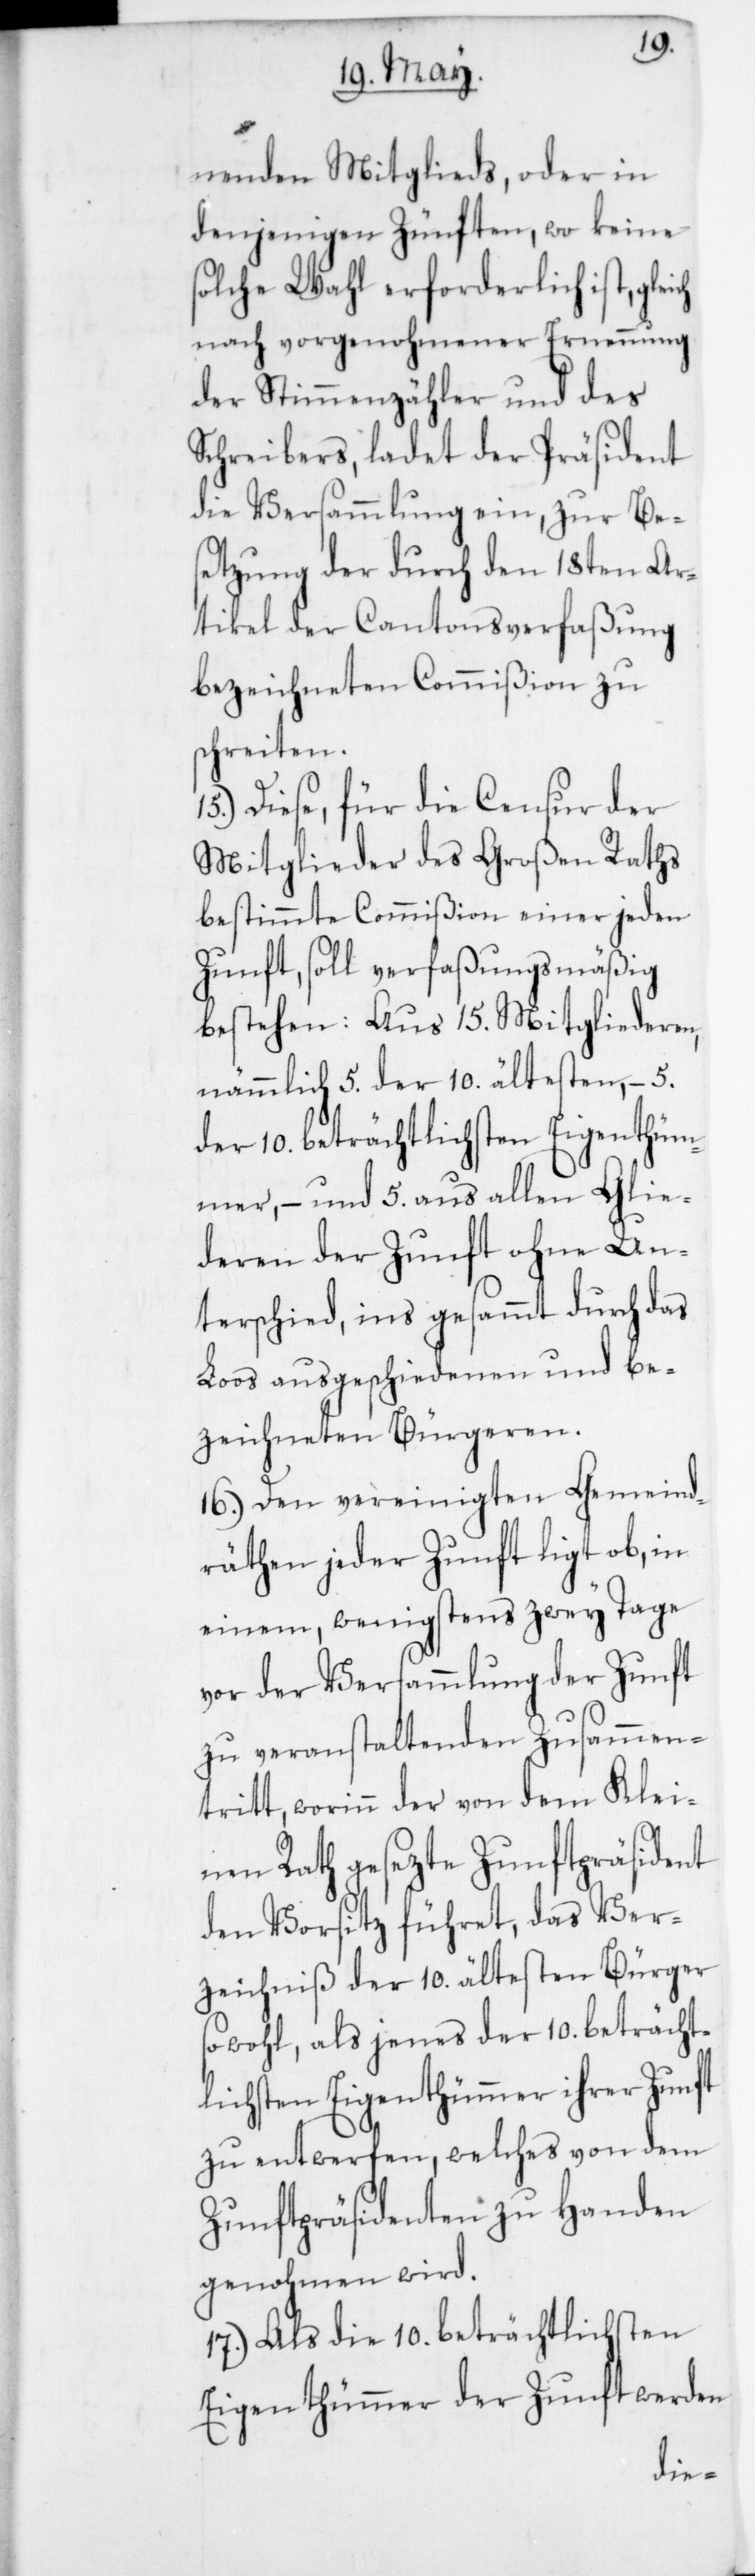
nenden Mitglieds, oder in
denjenigen Zünften, wo keine
solche Wahl erforderlich ist, gleich
nach vorgenohmener Ernennung
der Stimmenzähler und des
Schreibers, ladet der Präsident
die Versammlung ein, zur Be¬
setzung der durch den 18ten Ar¬
tikel der Cantonsverfaßung
bezeichneten Commißion zu
schreiten.
15. Diese, für die Censur der
Mitglieder des Großen Raths
bestimmte Commißion einer jeden
Zunft, soll verfaßungsmäßig
bestehen: Aus 15. Mitgliederen,
nämmlich 5. der 10. ältesten, – 5.
der 10. beträchtlichsten Eigenthüm¬
mer, – und 5. aus allen Glie¬
deren der Zunft ohne Un¬
terschied, ins gesammt durch das
Loos ausgeschiedenen und be¬
zeichneten Bürgeren.
16. Den vereinigten Gemeind¬
räthen jeder Zunft ligt ob, in
einem, wenigstens zwey Tage
vor der Versammlung der Zunft
zu veranstaltenden Zusammen¬
tritt, worinn der von dem Klei¬
nen Rath gesezte Zunftpräsident
den Vorsitz führet, das Ver¬
zeichniß der 10 ältesten Bürger
sowohl, als jenes der 10 beträcht¬
lichsten Eigenthümmer ihrer Zunft
zu entwerfen, welches von dem
Zunftpräsidenten zu Handen
genohmen wird.
17. Als die 10 beträchtlichsten
Eigenthümmer der Zunft werden